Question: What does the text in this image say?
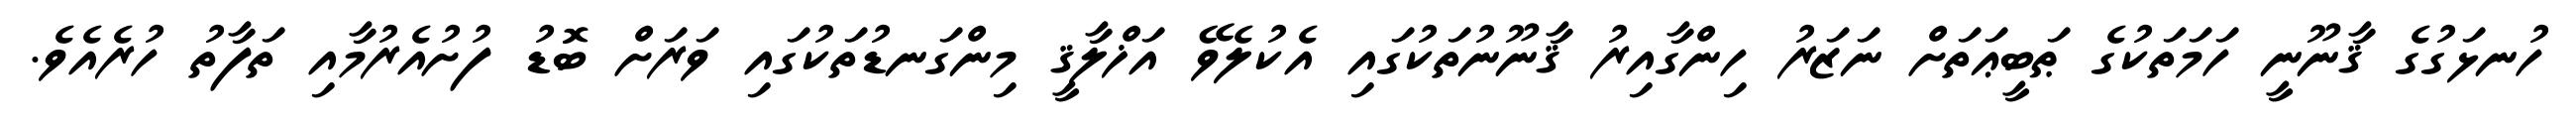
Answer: ހުނޅަގުގެ ޤާނޫނީ ހަމަތަކުގެ ޠަބީޢަތަށް ނަޒަރު ހިންގާއިރު ޤާނޫނުތަކުގައި އެކުލެވޭ އަޚްލާޤީ މިންގަނޑުތަކުގައި ވަރަށް ބޮޑު ފުށުއެރުމާއި ތަފާތު ހުރެއެވެ.